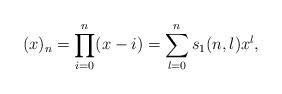
LaTeX: \begin{align*} (x)_n = \prod_{i=0}^n (x-i) = \sum_{l=0}^n s_1 (n,l) x^l,\end{align*}